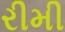
રીમી